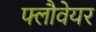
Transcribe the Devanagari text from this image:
फ्लौवेयर